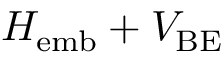
H _ { \mathrm { e m b } } + V _ { \mathrm { B E } }